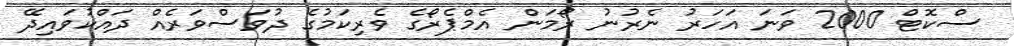
ސްކޮޓް 2000 ވަނަ އަހަރު ނެރުނު ރޯމަން އެމްޕެރޯގެ ވެރިކަމުގެ ދުވަސްވަރެއް ދައްކުވައިދޭ